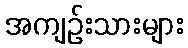
အကျဉ်းသားများ